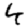
Digit: 4